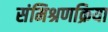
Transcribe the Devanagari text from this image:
संमिश्रणक्रिया